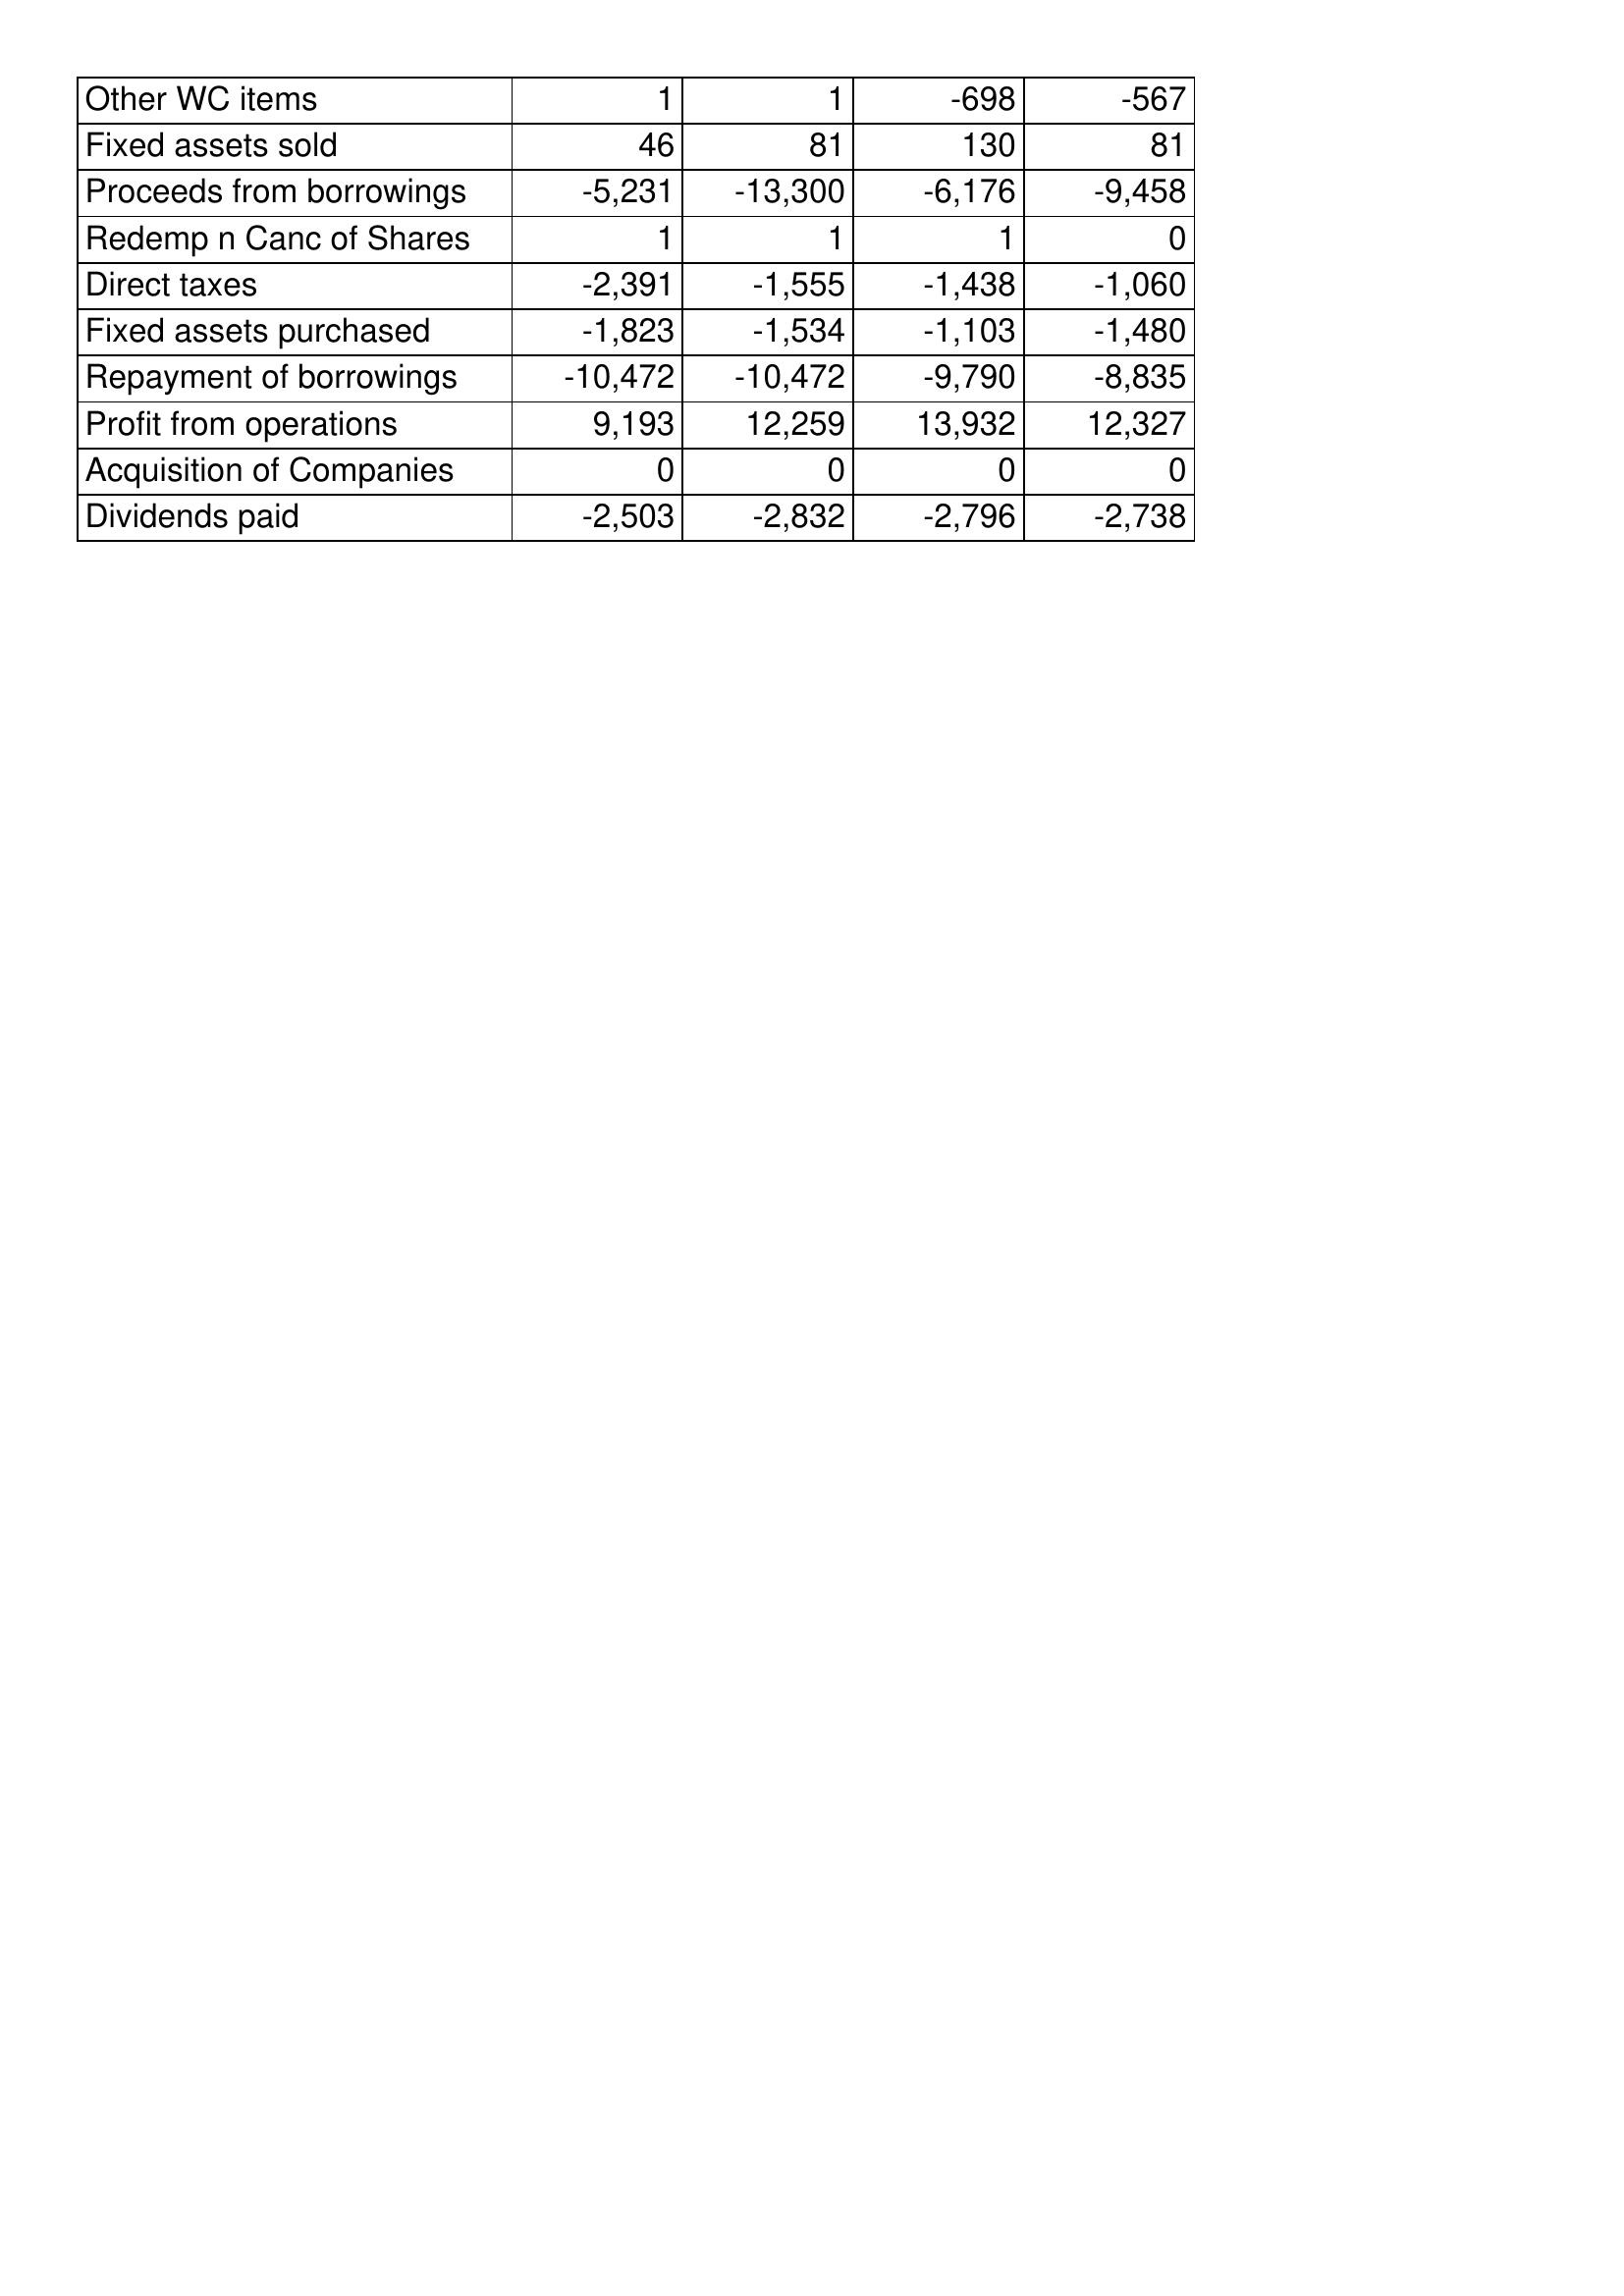
Feb-19: Cash Flows: Other WC items: 1
Fixed assets sold: 46
Proceeds from borrowings: -5,231
Redemp n Canc of Shares: 1
Direct taxes: -2,391
Fixed assets purchased: -1,823
Repayment of borrowings: -10,472
Profit from operations: 9,193
Acquisition of Companies: 0
Dividends paid: -2,503
Feb-18: Cash Flows: Other WC items: 1
Fixed assets sold: 81
Proceeds from borrowings: -13,300
Redemp n Canc of Shares: 1
Direct taxes: -1,555
Fixed assets purchased: -1,534
Repayment of borrowings: -10,472
Profit from operations: 12,259
Acquisition of Companies: 0
Dividends paid: -2,832
Feb-17: Cash Flows: Other WC items: -698
Fixed assets sold: 130
Proceeds from borrowings: -6,176
Redemp n Canc of Shares: 1
Direct taxes: -1,438
Fixed assets purchased: -1,103
Repayment of borrowings: -9,790
Profit from operations: 13,932
Acquisition of Companies: 0
Dividends paid: -2,796
Feb-16: Cash Flows: Other WC items: -567
Fixed assets sold: 81
Proceeds from borrowings: -9,458
Redemp n Canc of Shares: 0
Direct taxes: -1,060
Fixed assets purchased: -1,480
Repayment of borrowings: -8,835
Profit from operations: 12,327
Acquisition of Companies: 0
Dividends paid: -2,738